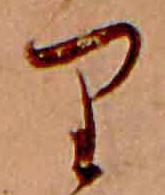
り